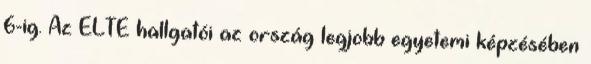
6-ig. Az ELTE hallgatói az ország legjobb egyetemi képzésében